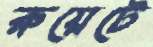
রুয়েটে